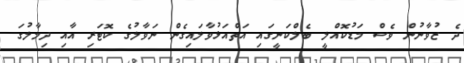
ދެ ޒުވާނުން ވެސް މަޑުކޮއްލީ ބެލްކަނީގައި އަތްއަޅުވާލައިގެން ނަވާލުގެ ކޮޓަރި އާއި ދިމާލުގަ